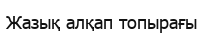
Жазық алқап топырағы